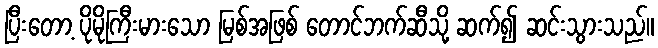
ပြီးတော့ ပိုမိုကြီးမားသော မြစ်အဖြစ် တောင်ဘက်ဆီသို့ ဆက်၍ ဆင်းသွားသည်။